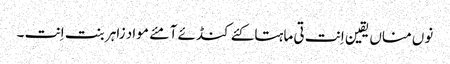
نوں مناں یقین اِنت تی ماہتاکئے کنڈئے آ مئے مواد زاہر بنت اِنت ۔